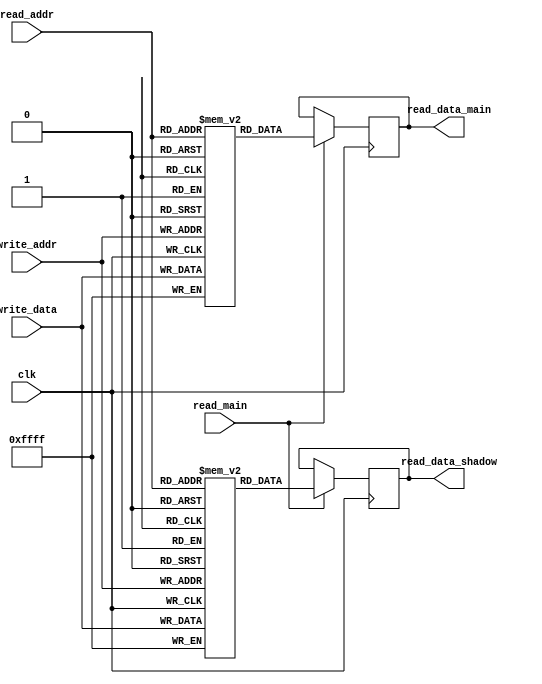
module RegisterFile(
    input clk,
    input [7:0] read_addr,
    input [7:0] write_addr,
    input [15:0] write_data,
    input read_main,
    output reg [15:0] read_data_main,
    output reg [15:0] read_data_shadow
);

reg [15:0] mem_main [0:255];
reg [15:0] mem_shadow [0:255];

always @(posedge clk) begin
    if (read_main) begin
        read_data_main <= mem_main[read_addr];
        read_data_shadow <= mem_shadow[read_addr];
    end
end

always @(posedge clk) begin
    mem_main[write_addr] <= write_data;
end

always @(posedge clk) begin
    mem_shadow[write_addr] <= write_data;
end

endmodule